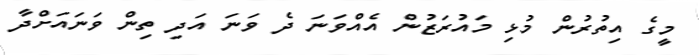
މީގެ އިތުރުން މުޅި މައުރަޒުން އެއްވަނަ ދެ ވަނަ އަދި ތިން ވަނައަށްދާ